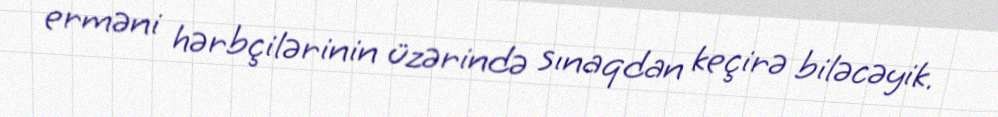
erməni hərbçilərinin üzərində sınaqdan keçirə biləcəyik.